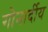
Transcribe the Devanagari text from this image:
गोनार्दीय